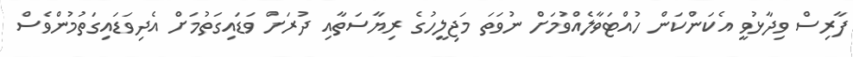
ފާރިސް ވިދާޅުވީ އެކަންކަން ހުއްޓަވާލެއްވުމަށް ނުވަތަ މަޖިލީހުގެ ރިޔާސަތާއި ދުރަށް ވަޑައިގަތުމަށް އެދިވަޑައިގަތުމުންވެސް